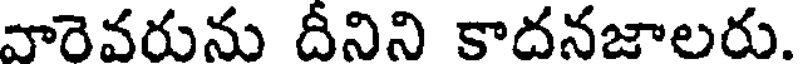
వారెవరును దీనిని కాదనజాలరు.